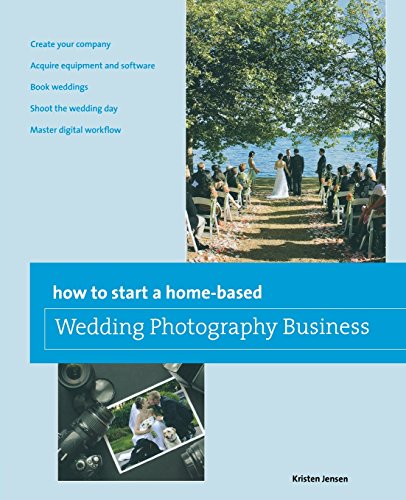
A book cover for How to Start a Home-based Wedding Photography Business (Home-Based Business Series); Kristen Jensen; Arts & Photography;